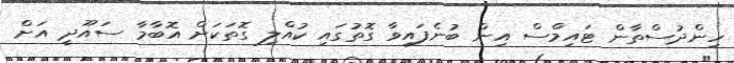
ހިންދުސްތާން ޓައިމްސް އިން ބުނެފައިވާ ގޮތުގައި ކުއްލި ގޮތަކަށް އޮބާމާ ސައޫދީ އަށް